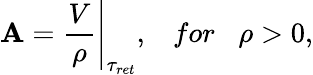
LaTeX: \mathbf{A}=\frac{{V}}{{\rho}}{\Bigg|}_{{\tau}_{ret}},\; \; \; for\; \; \; \rho>0,